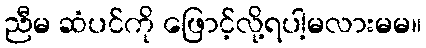
ညီမ ဆံပင်ကို ဖြောင့်လို့ရပါ့မလားမမ။